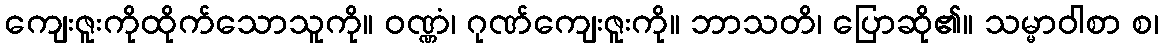
ကျေးဇူးကိုထိုက်သောသူကို။ ဝဏ္ဏံ၊ ဂုဏ်ကျေးဇူးကို။ ဘာသတိ၊ ပြောဆို၏။ သမ္မာဝါစာ စ၊